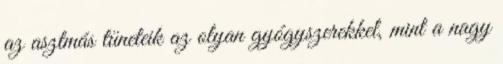
az asztmás tüneteik az olyan gyógyszerekkel, mint a nagy